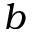
b